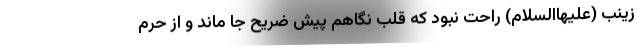
زینب (علیهاالسلام) راحت نبود که قلب نگاهم پیش ضریح جا ماند و از حرم